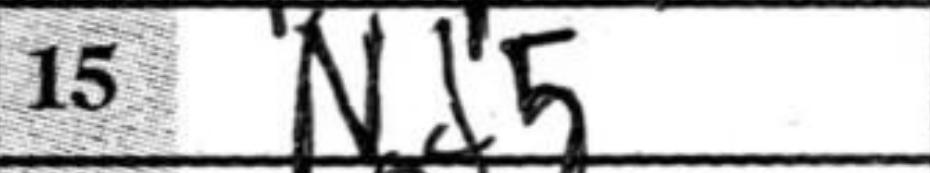
Transcription: Nd5